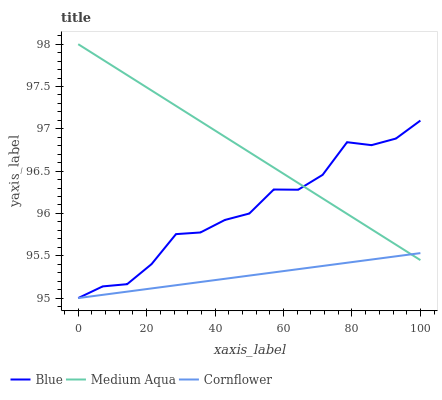
| xaxis_label | Blue | Medium Aqua | Cornflower |
 | --- | --- | --- | --- |
 | 0 | 95 | 98 | 95 |
 | 7.14 | 95.1 | 97.8 | 95 |
 | 14.3 | 95.2 | 97.6 | 95.1 |
 | 21.4 | 95.4 | 97.5 | 95.1 |
 | 28.6 | 95.8 | 97.3 | 95.2 |
 | 35.7 | 95.8 | 97.1 | 95.2 |
 | 42.9 | 95.9 | 96.9 | 95.2 |
 | 50 | 96 | 96.7 | 95.3 |
 | 57.1 | 96.3 | 96.5 | 95.3 |
 | 64.3 | 96.3 | 96.4 | 95.3 |
 | 71.4 | 96.5 | 96.2 | 95.4 |
 | 78.6 | 96.8 | 96 | 95.4 |
 | 85.7 | 96.8 | 95.8 | 95.5 |
 | 92.9 | 96.9 | 95.6 | 95.5 |
 | 100 | 97.1 | 95.4 | 95.5 |